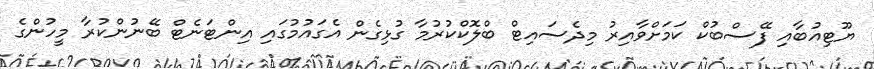
ޔޫޓިއުބާއި ފޭސްބުކް ކަމަށްވާއިރު މިދެސައިޓް ބްލޮކްކުރުމާ ގުޅިގެން އެގައުމުގައި އިންޓަނެޓް ބޭނުންކުރާ މީހުންގެ